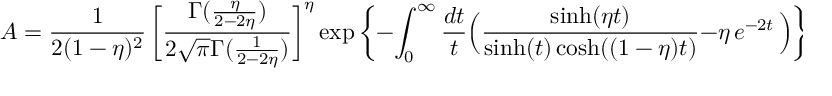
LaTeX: { A } = \frac { 1 } { 2 ( 1 - \eta ) ^ { 2 } } \, \bigg [ \frac { \Gamma ( \frac { \eta } { 2 - 2 \eta } ) } { 2 \sqrt { \pi } \Gamma ( \frac { 1 } { 2 - 2 \eta } ) } \bigg ] ^ { \eta } \exp \bigg \{ - \int _ { 0 } ^ { \infty } \frac { d t } { t } \Big ( \frac { \sinh ( \eta t ) } { \sinh ( t ) \cosh ( ( 1 - \eta ) t ) } - { \eta } \, e ^ { - 2 t } \, \Big ) \bigg \} \, ,